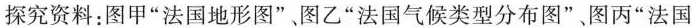
探究资料：图甲”法国地形图”，图乙”法国气候类型分布图”，图丙”法国